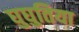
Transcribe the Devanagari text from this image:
घुघुतिया